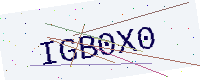
Text: IGB0X0